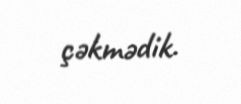
çəkmədik.